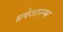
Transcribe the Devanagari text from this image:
प्रवेशारम्भ